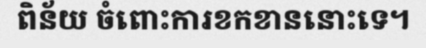
ពិន័យ ចំពោះការខកខាននោះទេ។